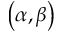
\left( \alpha , \beta \right)